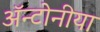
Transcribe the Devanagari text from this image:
ॲन्टोनीया